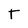
Character: T